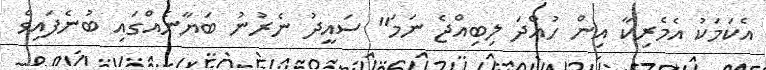
އެކަމަކު އެމެރިކާ އިން ހުއްދަ ލިބިއްޖެ ނަމަ" ސައީދު ނެރުނު ބަޔާނެއްގައި ބުނެފައިވެ